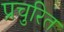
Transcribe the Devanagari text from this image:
प्रचुरित